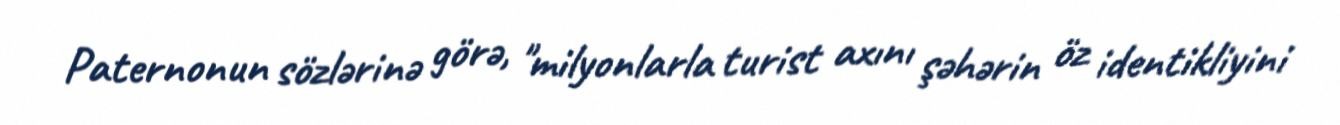
Paternonun sözlərinə görə, "milyonlarla turist axını şəhərin öz identikliyini